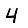
Digit: 4